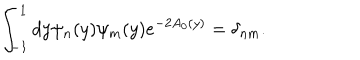
\int _ { - 1 } ^ { 1 } d y \psi _ { n } ( y ) \psi _ { m } ( y ) e ^ { - 2 A _ { 0 } ( y ) } = \delta _ { n m } .